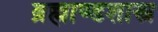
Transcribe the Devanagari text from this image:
ब्रह्माण्डशास्त्र